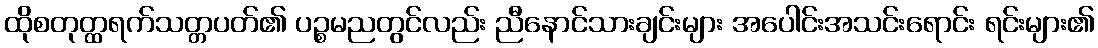
ထိုစတုတ္ထရက်သတ္တပတ်၏ ပဉ္စမညတွင်လည်း ညီနောင်သားချင်းများ အပေါင်းအသင်းရောင်း ရင်းများ၏